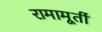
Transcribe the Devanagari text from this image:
रामामूर्ती